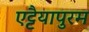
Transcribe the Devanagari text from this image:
एट्टैयापुरम